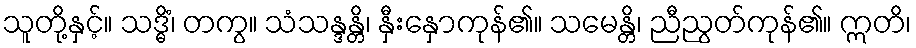
သူတို့နှင့်။ သဒ္ဓိံ၊ တကွ။ သံသန္ဒန္တိ၊ နှီးနှောကုန်၏။ သမေန္တိ၊ ညီညွတ်ကုန်၏။ ဣတိ၊